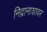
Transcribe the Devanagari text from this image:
निद्रानाशावर